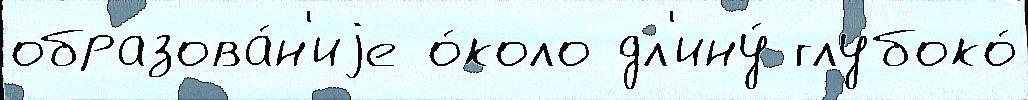
образова́н'иjе о́коло дл'ину́ глубоко́